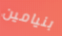
بنيامين